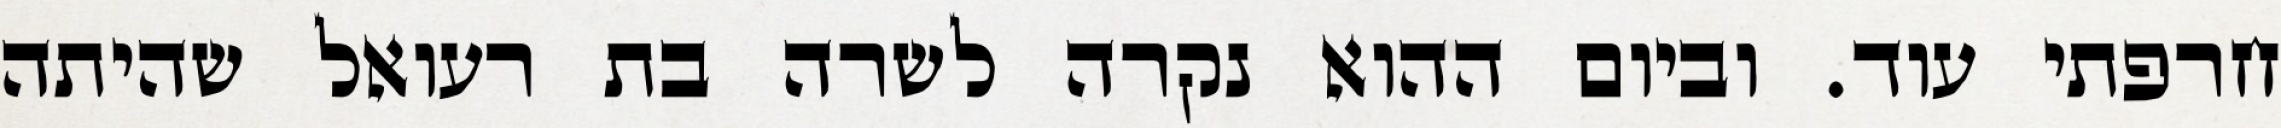
חרפתי עוד. וביום ההוא נקרה לשרה בת רעואל שהיתה